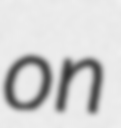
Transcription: on